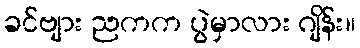
ခင်ဗျား ညကက ပွဲမှာလား ဂျိန်း။